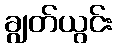
ချွတ်ယွင်း